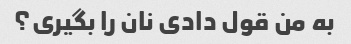
به من قول دادی نان را بگیری؟